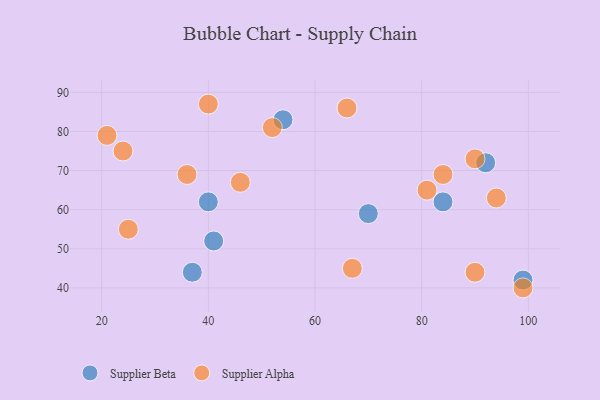
{"axis": {"x": "GDP", "y": "Life Expectancy"}, "legend": ["Supplier Alpha", "Supplier Beta"], "data": [{"x": "92", "y": 72, "type": "Supplier Beta"}, {"x": "84", "y": 62, "type": "Supplier Beta"}, {"x": "41", "y": 52, "type": "Supplier Beta"}, {"x": "54", "y": 83, "type": "Supplier Beta"}, {"x": "40", "y": 62, "type": "Supplier Beta"}, {"x": "37", "y": 44, "type": "Supplier Beta"}, {"x": "70", "y": 59, "type": "Supplier Beta"}, {"x": "99", "y": 42, "type": "Supplier Beta"}, {"x": "25", "y": 55, "type": "Supplier Alpha"}, {"x": "36", "y": 69, "type": "Supplier Alpha"}, {"x": "84", "y": 69, "type": "Supplier Alpha"}, {"x": "81", "y": 65, "type": "Supplier Alpha"}, {"x": "90", "y": 44, "type": "Supplier Alpha"}, {"x": "90", "y": 73, "type": "Supplier Alpha"}, {"x": "52", "y": 81, "type": "Supplier Alpha"}, {"x": "46", "y": 67, "type": "Supplier Alpha"}, {"x": "24", "y": 75, "type": "Supplier Alpha"}, {"x": "21", "y": 79, "type": "Supplier Alpha"}, {"x": "40", "y": 87, "type": "Supplier Alpha"}, {"x": "94", "y": 63, "type": "Supplier Alpha"}, {"x": "66", "y": 86, "type": "Supplier Alpha"}, {"x": "99", "y": 40, "type": "Supplier Alpha"}, {"x": "67", "y": 45, "type": "Supplier Alpha"}]}